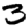
Digit: 3